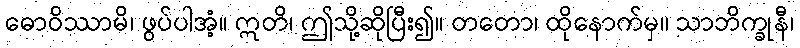
ဓောဝိဿာမိ၊ ဖွပ်ပါအံ့။ ဣတိ၊ ဤသို့ဆိုပြီး၍။ တတော၊ ထိုနောက်မှ။ သာဘိက္ခုနီ၊